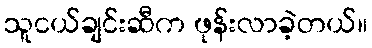
သူငယ်ချင်းဆီက ဖုန်းလာခဲ့တယ်။